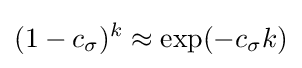
(1-c_{\sigma })^{k}\approx \exp(-c_{\sigma }k)